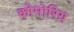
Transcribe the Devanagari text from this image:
कोमोरिय